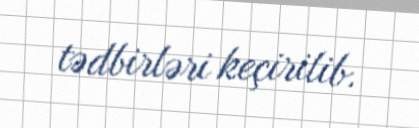
tədbirləri keçirilib.